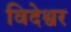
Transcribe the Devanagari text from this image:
विदेश्वर